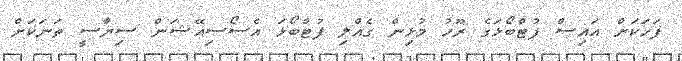
ފަހަކަށް އައިސް ފުޓްބޯޅަގެ ރޫހު މުޅިން ގެއްލި ފުޓްބޯޅަ އެސޯސިއޭޝަން ސިޔާސީ ތަނަކަށް